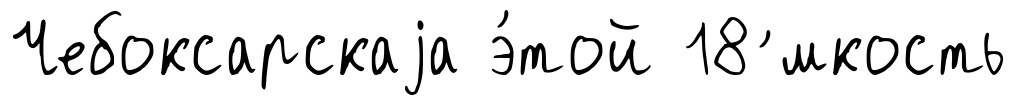
Чебоксарскаjа э́той 18 ́мкость